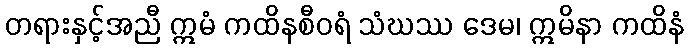
တရားနှင့်အညီ ဣမံ ကထိနစီဝရံ သံဃဿ ဒေမ၊ ဣမိနာ ကထိနံ